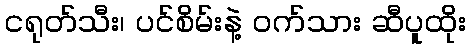
ငရုတ်သီး၊ ပင်စိမ်းနဲ့ ဝက်သား ဆီပူထိုး